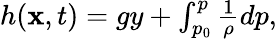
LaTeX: \begin{array}{r}{h(\mathbf{x},t)=gy+\int_{p_{0}}^{p}\frac{1}{\rho}dp,}\end{array}